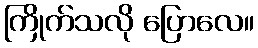
ကြိုက်သလို ပြောလေ။